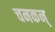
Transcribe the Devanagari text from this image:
चनकन्